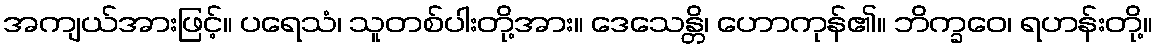
အကျယ်အားဖြင့်။ ပရေသံ၊ သူတစ်ပါးတို့အား။ ဒေသေန္တိ၊ ဟောကုန်၏။ ဘိက္ခဝေ၊ ရဟန်းတို့။